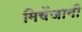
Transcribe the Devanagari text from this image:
मिचेंजानी